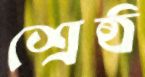
শ্রেষ্ঠ